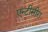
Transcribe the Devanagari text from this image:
एन्टीसीरा